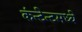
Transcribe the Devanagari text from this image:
कंन्टेन्टमध्ये